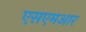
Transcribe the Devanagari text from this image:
एसएमआर